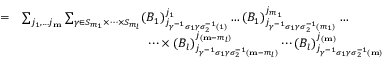
\begin{array} { r l } { = } & { \sum _ { j _ { 1 } , \dots j _ { \mathbf { m } } } \sum _ { \gamma \in S _ { m _ { 1 } } \times \dots \times S _ { m _ { l } } } ( B _ { 1 } ) _ { j _ { \gamma ^ { - 1 } \sigma _ { 1 } \gamma \sigma _ { 2 } ^ { - 1 } ( 1 ) } } ^ { j _ { 1 } } \dots ( B _ { 1 } ) _ { j _ { \gamma ^ { - 1 } \sigma _ { 1 } \gamma \sigma _ { 2 } ^ { - 1 } ( m _ { 1 } ) } } ^ { j _ { m _ { 1 } } } \dots } \\ & { \qquad \qquad \qquad \qquad \qquad \dots \times ( B _ { l } ) _ { j _ { \gamma ^ { - 1 } \sigma _ { 1 } \gamma \sigma _ { 2 } ^ { - 1 } ( \mathbf { m } - m _ { l } ) } } ^ { j _ { ( \mathbf { m } - m _ { l } ) } } \cdots ( B _ { l } ) _ { j _ { \gamma ^ { - 1 } \sigma _ { 1 } \gamma \sigma _ { 2 } ^ { - 1 } ( \mathbf { m } ) } } ^ { j _ { ( \mathbf { m } ) } } } \end{array}